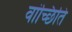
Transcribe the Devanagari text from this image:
वांच्छिति